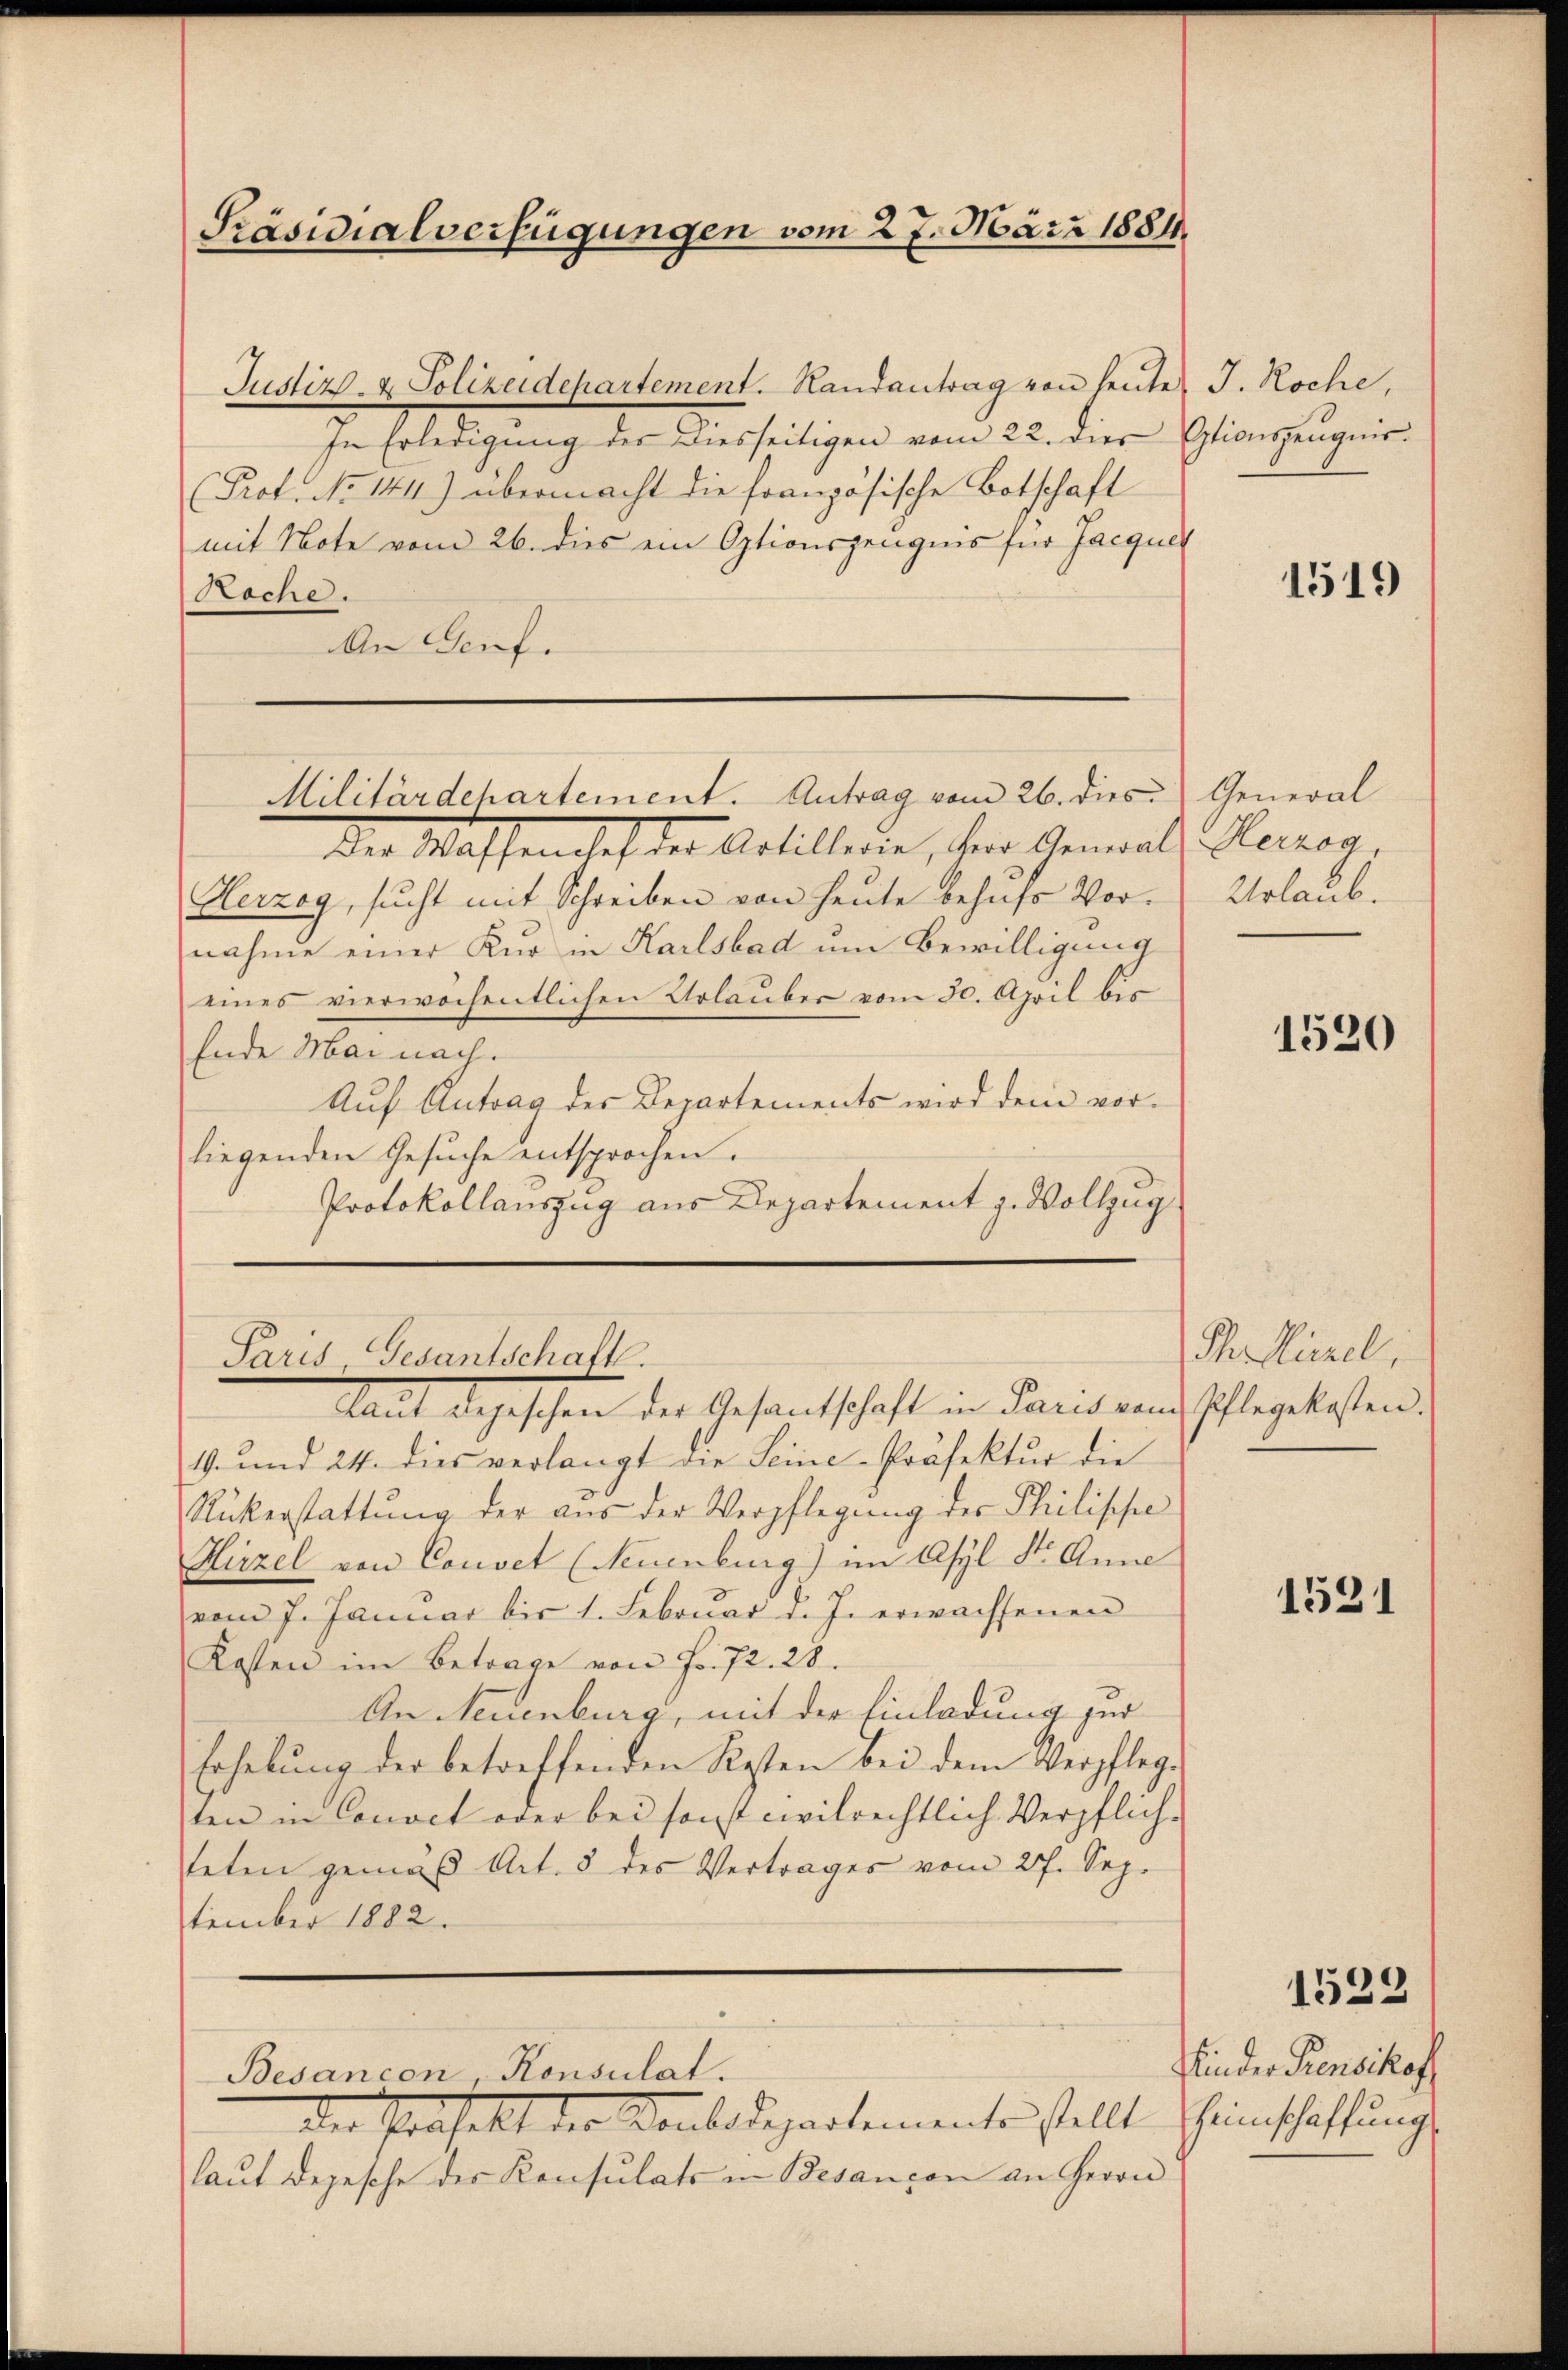
Präsidialverfügungen vom 27. März 1884.

Justiz- & Polizeidepartement. Handantrag von heute J. Koche,
In Erledigung des Diesseitigen vom 22. dies Etionszeugnis.
Prot. No 141) übermacht die französische Botschaft
mit Note vom 26. dies ein Optionszeugnis für Jacquer
Roche.
An Genf.

Militärdepartement. Antrag vom 26. dies. General

Der Massenales des Artillerie, ihre Gemals Herzog,
Herzog, sucht mit Schreiben von heute behufs Vor- Urlaub.
nahme einer Kur in Karlsbad um Bewilligung
eines vierwochentlichen Urlauber vom 30. April bis
Ende Mai nach.
Auf Antrag des Departements wird dem vorliegenden Gesuche entsprochen.
Protokollauszug aus Departement z. Vollzug

19. und 24. dies verlangt die Seine-Präfektur die
Rükerstattung der aus der Verpflegung der Philische
Hirzel von Convet (Neuenburg) im Asyl St. Anne
vom 7. Januar bis 1. Februar d. J. erwachsenen
Kosten im Betrage von Fr. 72. 28.
An Neuenburg, mit der Einladung zur
Erhebŭng der betreffenden Kosten bei dem Verpflege
ten in Convet oder bei sonst civilrechtlich Verpflich-
teten gemäß Art. 8 des Vertrages vom 27. Sep.
tember 1882.

Paris Gesantschaft.
aut depeschen der Gesandtschaft in Pareid und schlegeisten.

Besancon, Konsulat.
der Präfekt der Vorbodepartemente stellt Heinschaffung

laut Depesche der Konsulats in Besançon an Herrn

1519

1520

Th. Mürel,

1521

Kinder Pensikof

1523